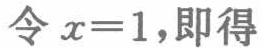
令 \(x = 1\)，即得